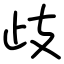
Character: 歧